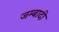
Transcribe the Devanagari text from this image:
जम्बादी